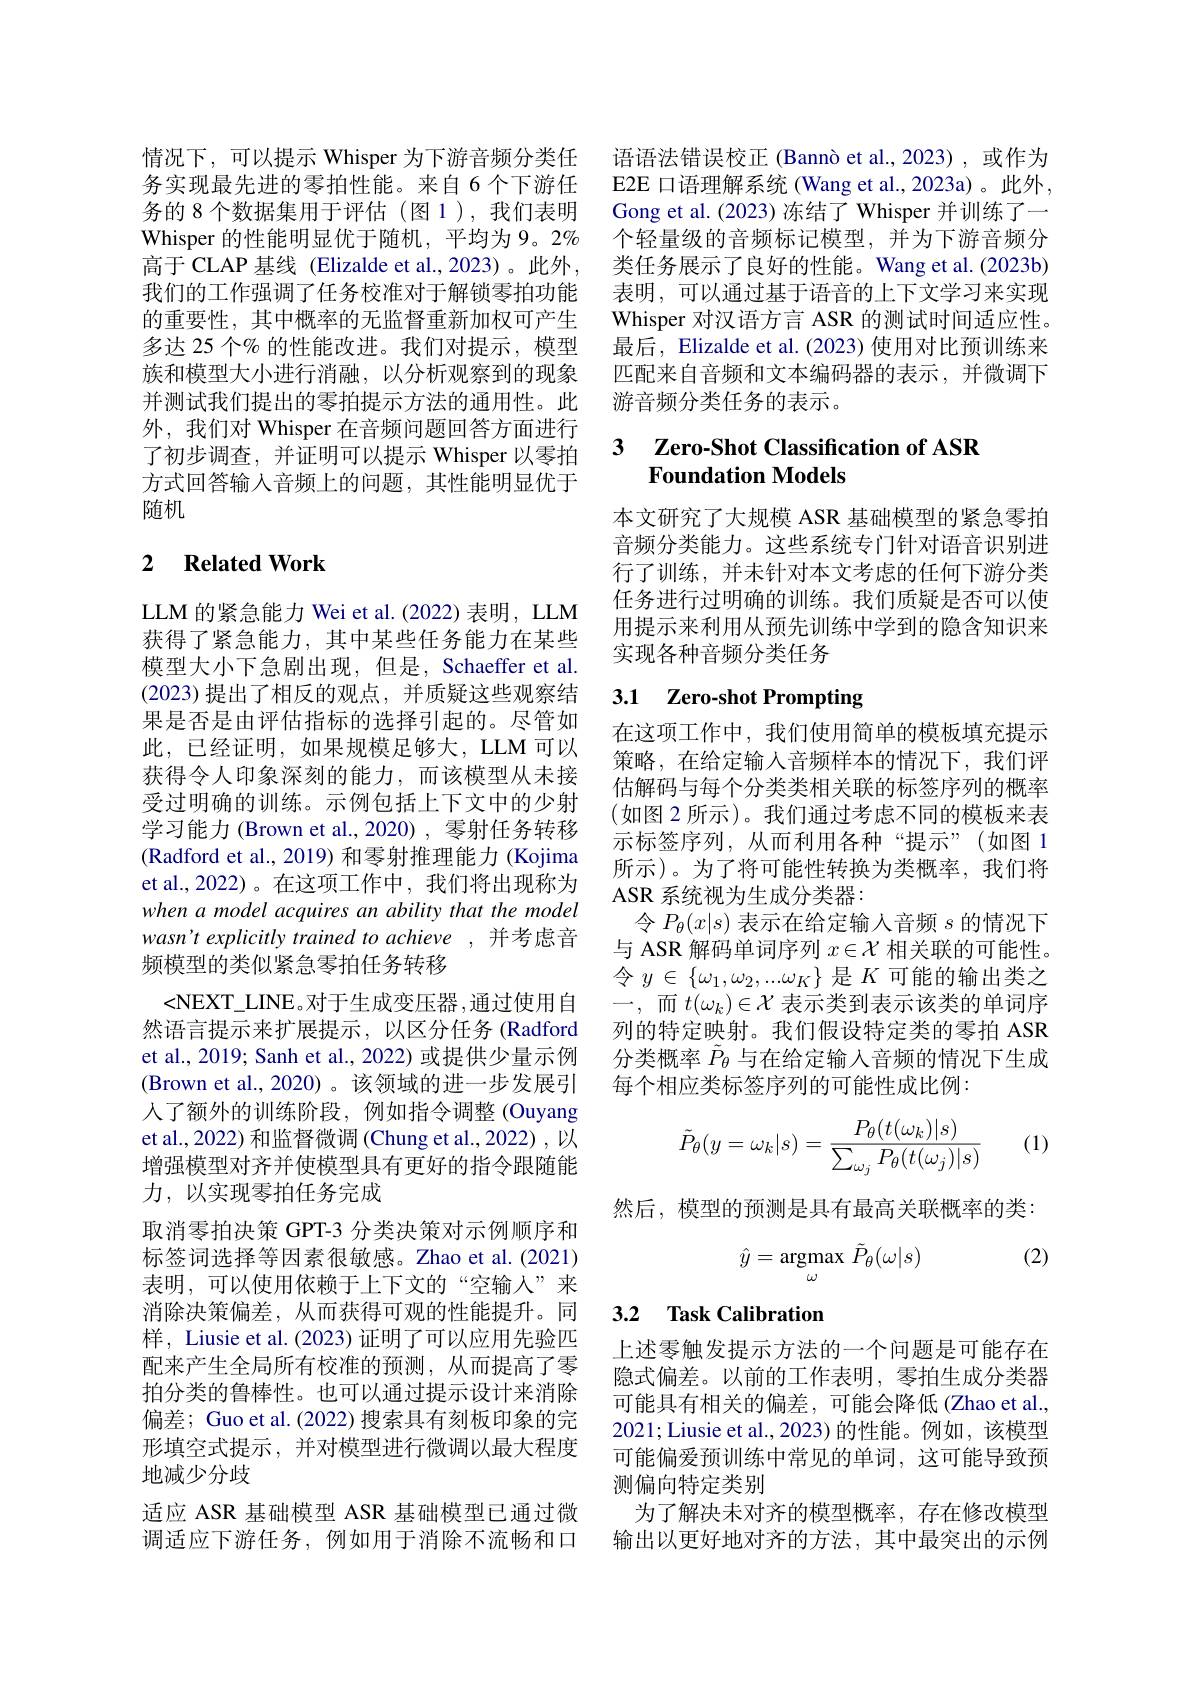
情况下，可以提示 Whisper 为下游音频分类任务实现最先进的零拍性能。来自 6 个下游任务的 8 个数据集用于评估 (图 1),我们表明Whisper 的性能明显优于随机，平均为9。2% 高于 CLAP 基线 (Elizalde et al.,2023)。此外， 我们的工作强调了任务校准对于解锁零拍功能的重要性，其中概率的无监督重新加权可产生多达 25 个% 的性能改进。我们对提示，模型族和模型大小进行消融，以分析观察到的现象并测试我们提出的零拍提示方法的通用性。此外，我们对 Whisper 在音频问题回答方面进行了初步调查，并证明可以提示 Whisper 以零拍方式回答输入音频上的问题，其性能明显优于随机

## 2 Related Work

LLM 的紧急能力 Wei et al. (2022) 表明，LLM 获得了紧急能力，其中某些任务能力在某些模型大小下急剧出现，但是，Schaeffer et al. (2023)提出了相反的观点，并质疑这些观察结果是否是由评估指标的选择引起的。尽管如此，已经证明，如果规模足够大，LLM可以获得令人印象深刻的能力，而该模型从未接受过明确的训练。示例包括上下文中的少射学习能力 (Brown et al., 2020) , 零射任务转移(Radford et al., 2019) 和零射推理能力 (Kojima et al.,2022)。在这项工作中，我们将出现称为when a model acquires an ability that the model wasn't explicitly trained to achieve , 并考虑音频模型的类似紧急零拍任务转移
<NEXT\_LINE。对于生成变压器，通过使用自然语言提示来扩展提示，以区分任务(Radford et al., 2019; Sanh et al., 2022) 或提供少量示例(Brown et al., 2020)。该领域的进一步发展引人了额外的训练阶段，例如指令调整 (Ouyang et al.,2022) 和监督微调 (Chung et al.,2022) ,以增强模型对齐并使模型具有更好的指令跟随能力，以实现零拍任务完成
取消零拍决策 GPT-3 分类决策对示例顺序和标签词选择等因素很敏感。Zhao et al.(2021) 表明，可以使用依赖于上下文的“空输入”来消除决策偏差，从而获得可观的性能提升。同样，Liusie et al. (2023) 证明了可以应用先验四配来产生全局所有校准的预测，从而提高了零拍分类的鲁棒性。也可以通过提示设计来消除偏差；Guo et al.(2022) 搜索具有刻板印象的完形填空式提示，并对模型进行微调以最大程度地减少分歧
适应 ASR 基础模型 ASR 基础模型已通过微调适应下游任务，例如用于消除不流畅和口

语语法错误校正 (Bannò et al., 2023) ,或作为E2E 口语理解系统 (Wang et al.,2023a)。此外， Gong et al. (2023) 冻结了 Whisper 并训练了一个轻量级的音频标记模型，并为下游音频分类任务展示了良好的性能。Wang et al.(2023b) 表明，可以通过基于语音的上下文学习来实现Whisper 对汉语方言 ASR 的测试时间适应性。最后，Elizalde et al. (2023) 使用对比预训练来匹配来自音频和文本编码器的表示，并微调下游音频分类任务的表示。

## 3 $\textbf{Zero- Shot Classification of ASR}$ Foundation Models

本文研究了大规模 ASR 基础模型的紧急零拍音频分类能力。这些系统专门针对语音识别进行了训练，并未针对本文考虑的任何下游分类任务进行过明确的训练。我们质疑是否可以使用提示来利用从预先训练中学到的隐含知识来实现各种音频分类任务

## 3.1 Zero-shot Prompting

在这项工作中，我们使用简单的模板填充提示策略，在给定输入音频样本的情况下，我们评估解码与每个分类类相关联的标签序列的概率(如图 2 所示)。我们通过考虑不同的模板来表示标签序列，从而利用各种“提示”(如图 1所示)。为了将可能性转换为类概率，我们将ASR 系统视为生成分类器：
令$P_\theta(x|s)$表示在给定输入音频$s$的情况下与 ASR 解码单词序列$x\in\mathcal{X}$相关联的可能性。令$y\in\{\omega_1,\omega_2,...\omega_K\}$是$K$可能的输出类之一，而$t(\omega_k)\in\mathcal{X}$表示类到表示该类的单词序列的特定映射。我们假设特定类的零拍 ASR 分类概率$\tilde{P}_\theta$与在给定输入音频的情况下生成每个相应类标签序列的可能性成比例：
$$\tilde{P}_\theta(y=\omega_k|s)=\frac{P_\theta(t(\omega_k)|s)}{\sum_{\omega_j}P_\theta(t(\omega_j)|s)}$$
(1)

然后，模型的预测是具有最高关联概率的类：

(2)
$$\hat{y}=\mathop{\mathrm{argmax}}_{\omega}\tilde{P}_{\theta}(\omega|s)$$
## 3.2 Task Calibration

上述零触发提示方法的一个问题是可能存在隐式偏差。以前的工作表明，零拍生成分类器可能具有相关的偏差，可能会降低(Zhao et al., 2021; Liusie et al., 2023) 的性能。例如，该模型可能偏爱预训练中常见的单词，这可能导致预测偏向特定类别
为了解决未对齐的模型概率，存在修改模型输出以更好地对齐的方法，其中最突出的示例